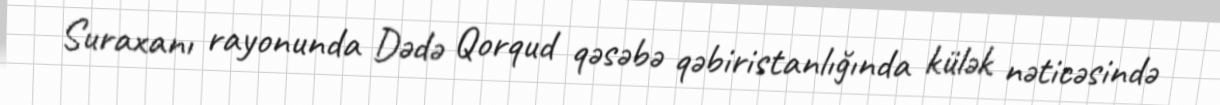
Suraxanı rayonunda Dədə Qorqud qəsəbə qəbiristanlığında külək nəticəsində